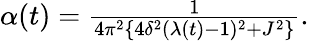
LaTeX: \begin{array}{r}{\alpha(t)=\frac{1}{4\pi^{2}\{ 4\delta^{2}(\lambda(t)-1)^{2}+J^{2}\} }.}\end{array}